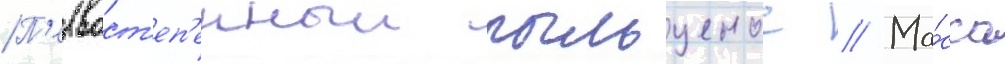
П'ервост'еп'енныи пыльценос // Ма́сса